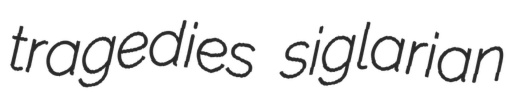
tragedies siglarian